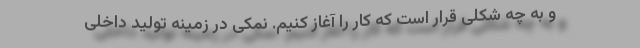
و به چه شکلی قرار است که کار را آغاز کنیم. نمکی در زمینه تولید داخلی